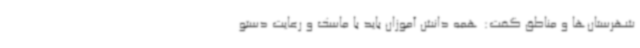
شهرستان‌ها و مناطق گفت: همه دانش آموزان باید با ماسک و رعایت دستو